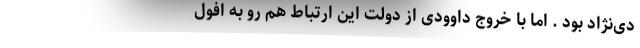
دی‌نژاد بود . اما با خروج داوودی از دولت این ارتباط هم رو به افول